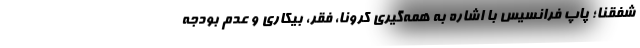
شفقنا؛ پاپ فرانسیس با اشاره به همه‌گیری کرونا، فقر، بیکاری و عدم بودجه